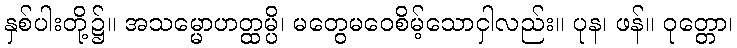
နှစ်ပါးတို့၌။ အသမ္မောဟတ္ထမ္ပိ၊ မတွေမဝေစိမ့်သောငှါလည်း။ ပုန၊ ဖန်။ ဝုတ္တော၊